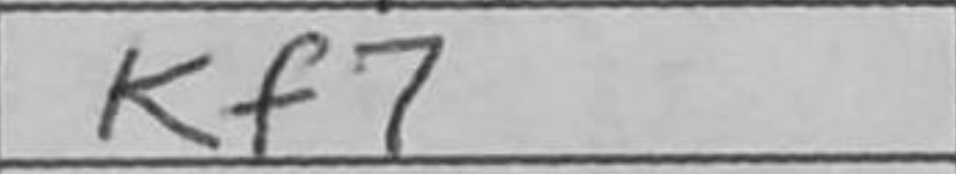
Transcription: Kf7